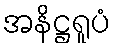
အနိဋ္ဌရူပံ